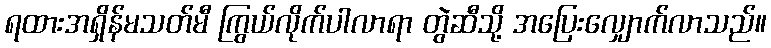
ရထားအရှိန်မသတ်မီ ကြွယ်လိုက်ပါလာရာ တွဲဆီသို့ အပြေးလျှောက်လာသည်။